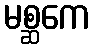
မစ္ဆကေ